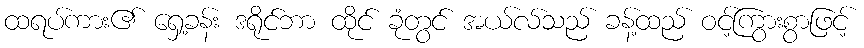
ထရပ်ကား၏ ရှေ့ခန်း ဒရိုင်ဘာ ထိုင် ခုံတွင် အယ်လ်သည် ခန့်ထည် ဝင့်ကြွားစွာဖြင့်